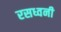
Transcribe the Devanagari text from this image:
रसध्वनी